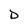
Character: D